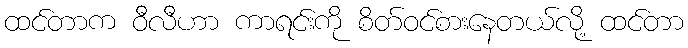
ထင်တာက ဝီလီဟာ ကာရင်းကို စိတ်ဝင်စားနေတယ်လို့ ထင်တာ